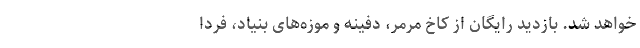
خواهد شد. بازدید رایگان از کاخ مرمر، دفینه و موزه‌های بنیاد، فردا